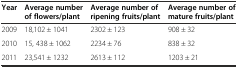
<table><thead><tr><td><b>Year</b></td><td><b>Average number of flowers/plant</b></td><td><b>Average number of ripening fruits/plant</b></td><td><b>Average number of mature fruits/plant</b></td></tr></thead><tbody><tr><td>2009</td><td>18,102 ± 1041</td><td>2302 ± 123</td><td>908 ± 32</td></tr><tr><td>2010</td><td>15, 438 ± 1062</td><td>2234 ± 76</td><td>838 ± 32</td></tr><tr><td>2011</td><td>23,541 ± 1232</td><td>2613 ± 112</td><td>1203 ± 21</td></tr></tbody></table>